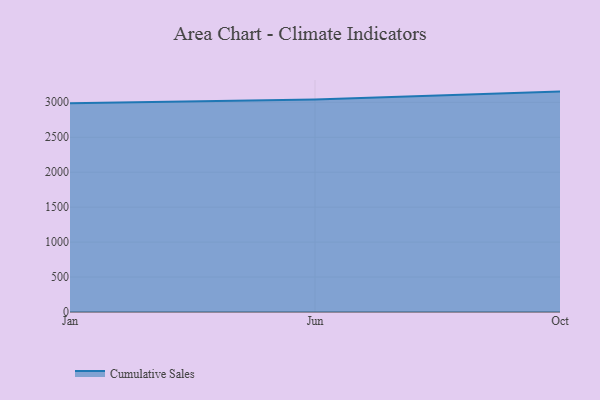
{"axis": {"x": "Month", "y": "Waste Production (Tons)"}, "legend": ["Cumulative Sales"], "data": [{"x": "Jan", "y": 2987.1, "type": "Cumulative Sales"}, {"x": "Jun", "y": 3041.0, "type": "Cumulative Sales"}, {"x": "Oct", "y": 3153.0, "type": "Cumulative Sales"}]}